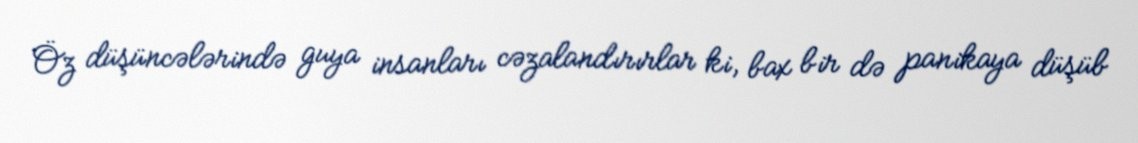
Öz düşüncələrində guya insanları cəzalandırırlar ki, bax bir də panikaya düşüb